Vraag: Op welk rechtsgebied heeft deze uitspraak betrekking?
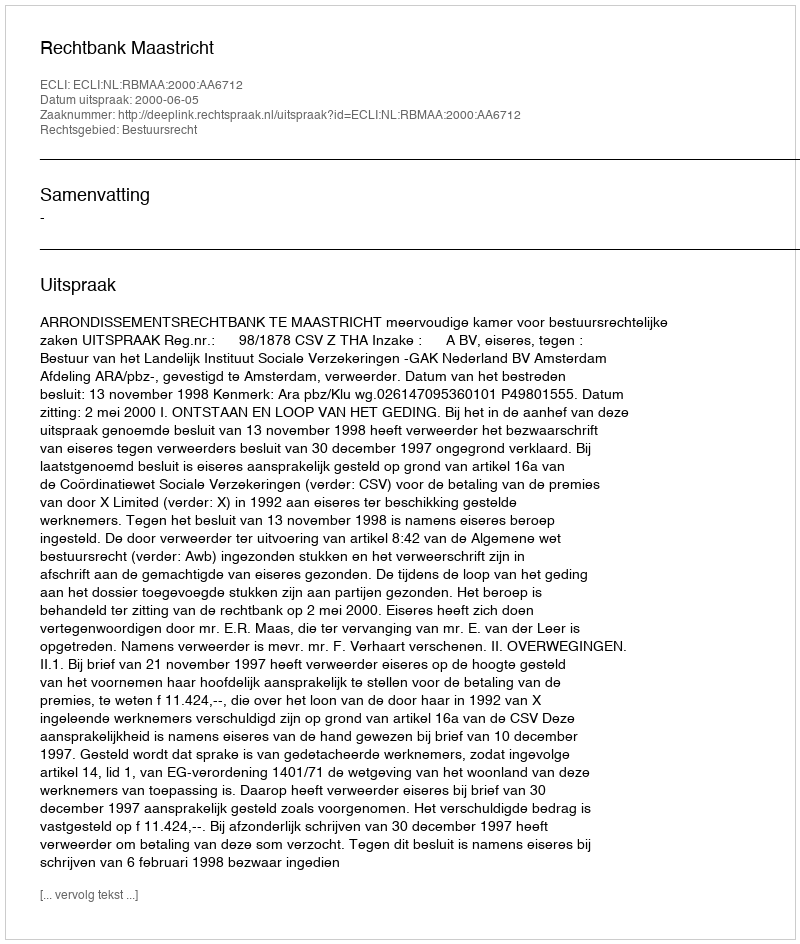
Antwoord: Bestuursrecht